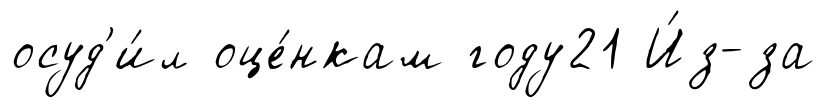
осуд'и́л оце́нкам году21 И́з-за